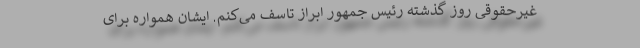
غیرحقوقی روز گذشته رئیس جمهور ابراز تاسف می‌کنم. ایشان همواره برای